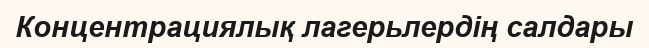
Концентрациялық лагерьлердің салдары